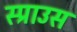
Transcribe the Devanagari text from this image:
स्प्राउस